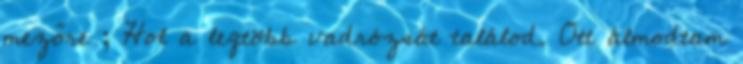
mezőre ; Hol a legtöbb vadrózsát találod. Ott álmodtam